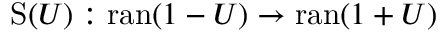
\operatorname { S } ( U ) : \operatorname { r a n } ( 1 - U ) \to \operatorname { r a n } ( 1 + U )